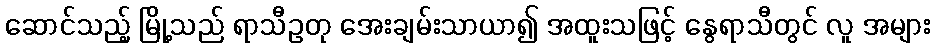
ဆောင်သည့် မြို့သည် ရာသီဥတု အေးချမ်းသာယာ၍ အထူးသဖြင့် နွေရာသီတွင် လူ အများ